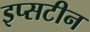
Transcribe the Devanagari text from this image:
इप्सटीन